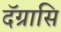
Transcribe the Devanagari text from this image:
दॅग्रासि